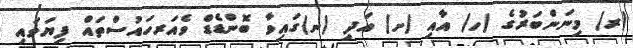
(ރ) މިނަންބަރުގެ (ހ) އާއި (ށ) އަދި (ނ)ގައިވާ ބޮންޑެޑް ވެއަރހައުސްތައް ފިޔަވައި